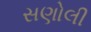
સણોલી